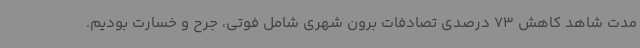
مدت شاهد کاهش 73 درصدی تصادفات برون شهری شامل فوتی، جرح و خسارت بودیم.